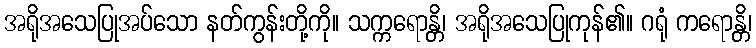
အရိုအသေပြုအပ်သော နတ်ကွန်းတို့ကို။ သက္ကရောန္တိ၊ အရိုအသေပြုကုန်၏။ ဂရုံ ကရောန္တိ၊